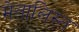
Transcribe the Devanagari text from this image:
मेतालिस्त